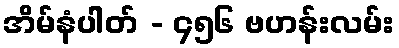
အိမ်နံပါတ် - ၄၅၆ ဗဟန်းလမ်း